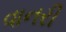
વાનરી